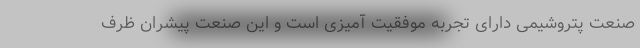
صنعت پتروشیمی دارای تجربه موفقیت‌ آمیزی است و این صنعت پیشران ظرف